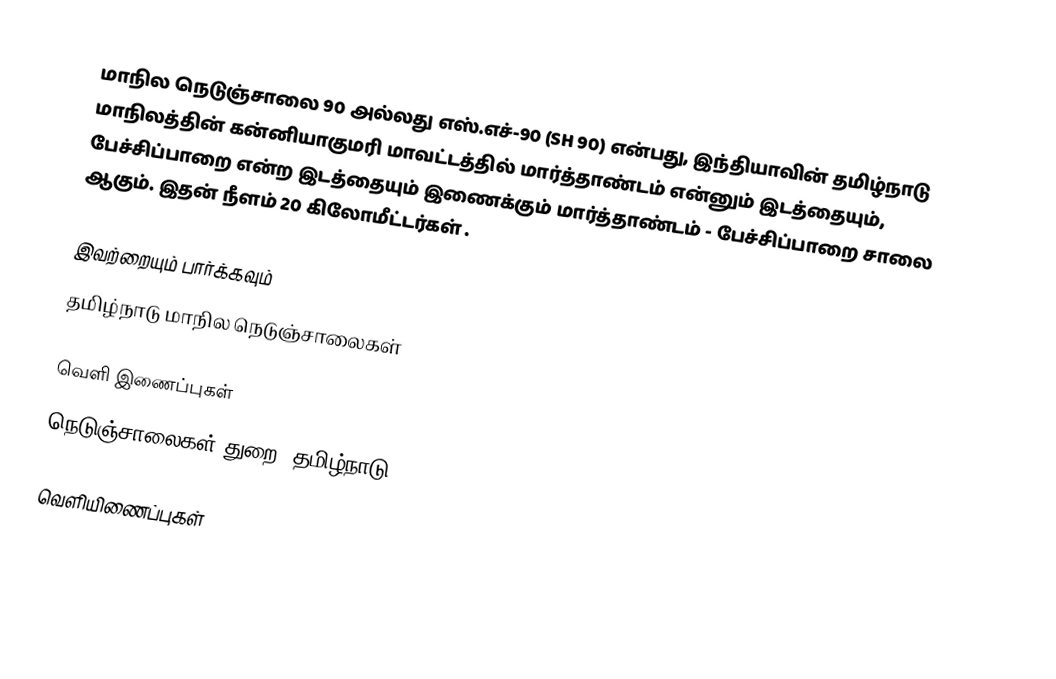
மாநில நெடுஞ்சாலை 90 அல்லது எஸ்.எச்-90 (SH 90) என்பது, இந்தியாவின் தமிழ்நாடு மாநிலத்தின் கன்னியாகுமரி மாவட்டத்தில் மார்த்தாண்டம் என்னும் இடத்தையும், பேச்சிப்பாறை என்ற இடத்தையும் இணைக்கும் மார்த்தாண்டம் - பேச்சிப்பாறை சாலை ஆகும். இதன் நீளம் 20  கிலோமீட்டர்கள் .

இவற்றையும் பார்க்கவும்
  தமிழ்நாடு மாநில நெடுஞ்சாலைகள்

வெளி இணைப்புகள்
  நெடுஞ்சாலைகள் துறை, தமிழ்நாடு

வெளியிணைப்புகள்